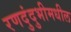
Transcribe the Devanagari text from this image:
रणदुंदुभीमधील